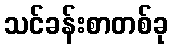
သင်ခန်းစာတစ်ခု